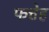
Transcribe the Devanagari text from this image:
फत्तेह